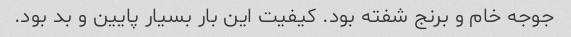
جوجه خام و برنج شفته بود. کیفیت این بار بسیار پایین و بد بود.